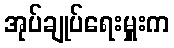
အုပ်ချုပ်ရေးမှူးက